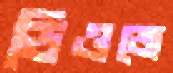
ডিওজে